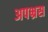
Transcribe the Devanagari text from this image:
अपभ्रस